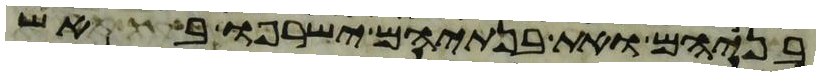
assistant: בניהם ואת בנתיהם ישרפו באש